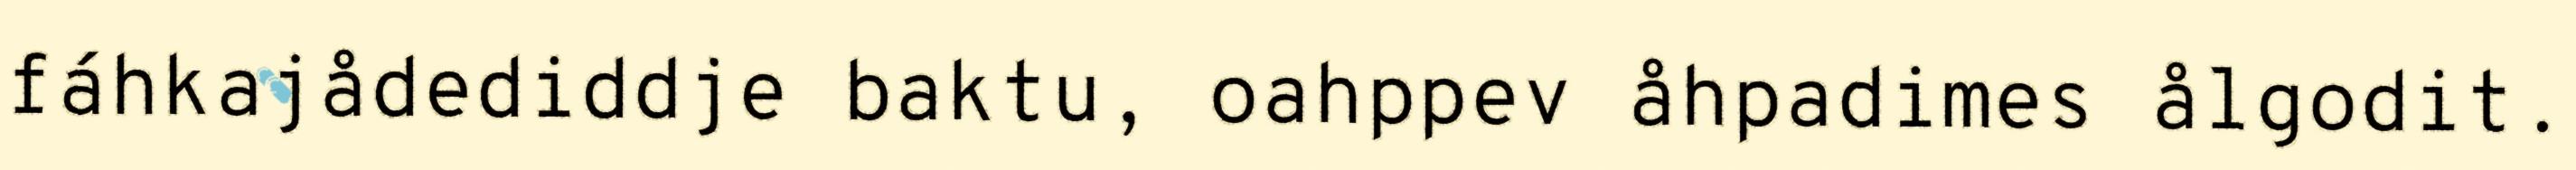
fáhkajådediddje baktu, oahppev åhpadimes ålgodit.